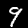
Label: 9